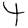
Digit: 4